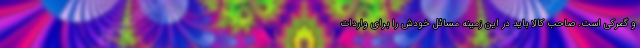
و گمرکی است. صاحب کالا باید در این زمینه مسائل خودش را برای واردات